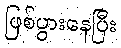
ဖြစ်ပွားနေပြီး